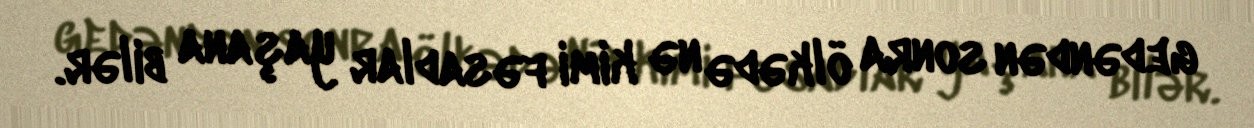
gedəndən sonra ölkədə nə kimi fəsadlar yaşana bilər.